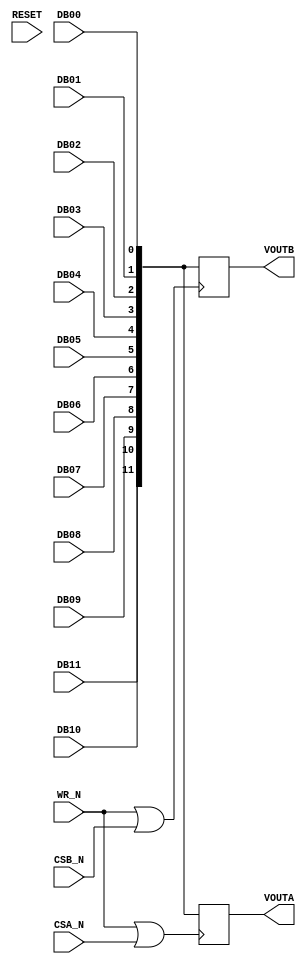
module AD7847         (	VOUTA,
			VOUTB,

			DB00, 
			DB01, 	
			DB02, 	
			DB03, 	
			DB04, 
			DB05, 
			DB06, 
			DB07, 
			DB08, 
			DB09, 
			DB10, 
			DB11, 

			WR_N, 
			CSA_N, 
			CSB_N, 

			RESET
                      );

   input		DB00;				// parallel data bus in
   input		DB01;				// parallel data bus in
   input		DB02;				// parallel data bus in
   input		DB03;				// parallel data bus in
   input		DB04;				// parallel data bus in
   input		DB05;				// parallel data bus in
   input		DB06;				// parallel data bus in
   input		DB07;				// parallel data bus in
   input		DB08;				// parallel data bus in
   input		DB09;				// parallel data bus in
   input		DB10;				// parallel data bus in
   input		DB11;				// parallel data bus in

   input		WR_N;				// data write strobe
   input                CSA_N;				// DAC A chip select
   input                CSB_N;				// DAC B chip select

   input                RESET;				// system reset

   output [11:00]	VOUTA;				// DAC A voltage output
   output [11:00]	VOUTB;				// DAC B voltage output


// *******************************************************************************************************
// **   DECLARATIONS                                                            			**
// *******************************************************************************************************

   reg  [11:00]         DACA_InputLatch;          	// DAC A input data latch
   reg  [11:00]         DACB_InputLatch;          	// DAC B input data latch

   reg  [11:00]         VOUTA;              		// DAC A output voltage
   reg  [11:00]         VOUTB;              		// DAC B output voltage

   wire [11:00]		DataDI;				// parallel data bus input

   wire			WrStrobe_DACA;			// DAC A decoded write strobe
   wire			WrStrobe_DACB;			// DAC B decoded write strobe


// *******************************************************************************************************
// **   INITIALIZATION                                                          			**
// *******************************************************************************************************

   initial begin
      VOUTA = 12'hXXX;
      VOUTB = 12'hXXX;
   end


// *******************************************************************************************************
// **   CORE LOGIC 											**
// *******************************************************************************************************

   assign DataDI[11:00] = {DB11,DB10,DB09,DB08,DB07,DB06,DB05,DB04,DB03,DB02,DB01,DB00};

   assign WrStrobe_DACA = WR_N | CSA_N;
   assign WrStrobe_DACB = WR_N | CSB_N;

   always @(posedge WrStrobe_DACA) begin
      VOUTA = DataDI[11:00];
   end

   always @(posedge WrStrobe_DACB) begin
      VOUTB = DataDI[11:00];
   end


// *******************************************************************************************************
// **   TIMING CHECKS                                                           			**
// *******************************************************************************************************

   specify
      specparam
         t3 = 30,              				// WR_N pulse width - low
         t4 = 80;              				// DB to WR_N setup time

      $width (negedge WR_N, t3);

      $setup (DB00, posedge WR_N &&& (RESET==0), t4);
      $setup (DB01, posedge WR_N &&& (RESET==0), t4);
      $setup (DB02, posedge WR_N &&& (RESET==0), t4);
      $setup (DB03, posedge WR_N &&& (RESET==0), t4);
      $setup (DB04, posedge WR_N &&& (RESET==0), t4);
      $setup (DB05, posedge WR_N &&& (RESET==0), t4);
      $setup (DB06, posedge WR_N &&& (RESET==0), t4);
      $setup (DB07, posedge WR_N &&& (RESET==0), t4);
      $setup (DB08, posedge WR_N &&& (RESET==0), t4);
      $setup (DB09, posedge WR_N &&& (RESET==0), t4);
      $setup (DB10, posedge WR_N &&& (RESET==0), t4);
      $setup (DB11, posedge WR_N &&& (RESET==0), t4);
   endspecify

endmodule